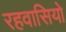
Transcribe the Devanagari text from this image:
रहवासियो